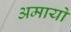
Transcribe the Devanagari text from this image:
अमायो